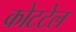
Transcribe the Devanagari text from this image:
कोटटेल